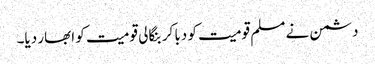
دشمن نے مسلم قومیت کو دبا کر بنگالی قومیت کو ابھار دیا۔